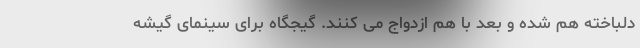
دلباخته هم شده و بعد با هم ازدواج می کنند. گیجگاه برای سینمای گیشه